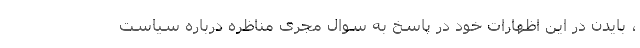
، بایدن در این اظهارات خود در پاسخ به سوال مجری مناظره درباره سیاست